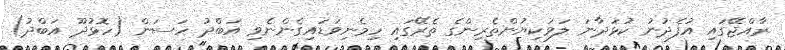
ރާއްޖޭގައި އުފެދުނު ކުޅަދާނަ ލަވަކިޔުންތެރިންގެ ތެރޭގައި ހިމެނިވަޑައިގެންނެވި އަބްދު ހަސަން (ހޮޅުދޫ އަބްދު)